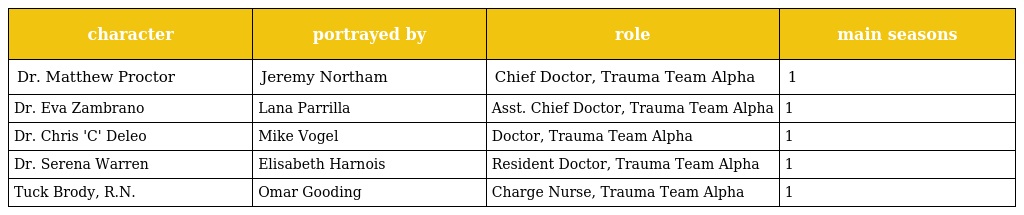
| character | portrayed by | role | main seasons |
 | --- | --- | --- | --- |
 | Dr. Matthew Proctor | Jeremy Northam | Chief Doctor, Trauma Team Alpha | 1 |
 | Dr. Eva Zambrano | Lana Parrilla | Asst. Chief Doctor, Trauma Team Alpha | 1 |
 | Dr. Chris 'C' Deleo | Mike Vogel | Doctor, Trauma Team Alpha | 1 |
 | Dr. Serena Warren | Elisabeth Harnois | Resident Doctor, Trauma Team Alpha | 1 |
 | Tuck Brody, R.N. | Omar Gooding | Charge Nurse, Trauma Team Alpha | 1 |